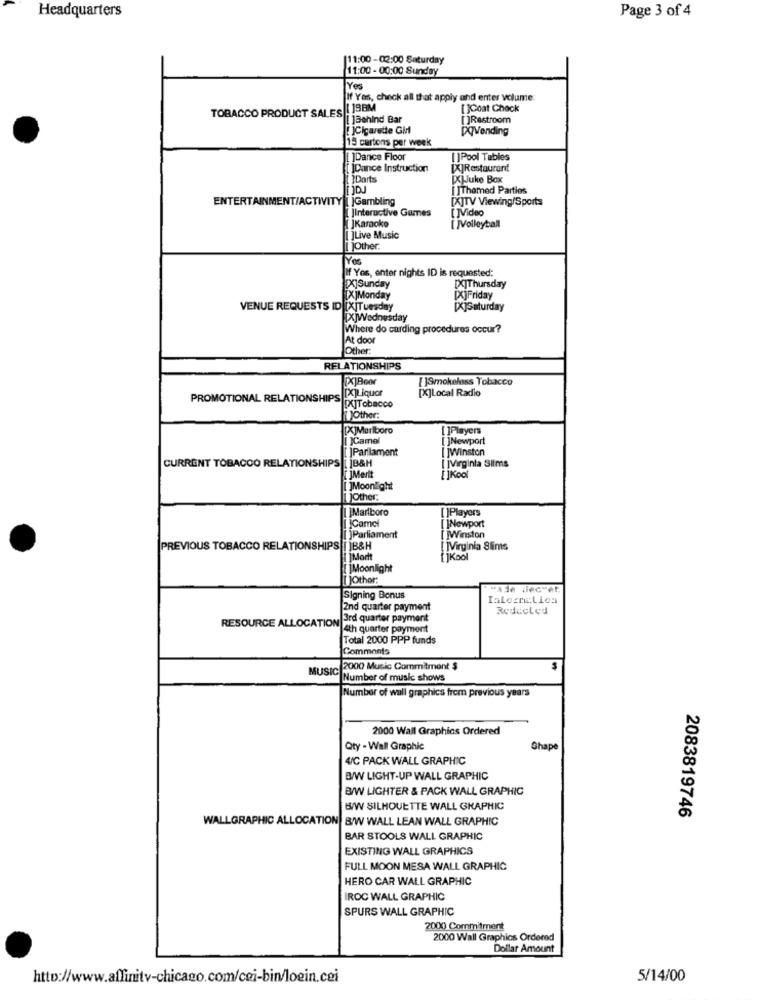
Headquarters
Page 3 of 4
11:00-02:00 Saturday
11:00 - 00:00 Sunday
Yes
If Yes, check all that apply and enter volume:
TOBACCO PRODUCT SALES . 1BBM
[]Coat Check
[]Behind Bar
[]Restroom
[ ]Cigarette Gil
15 cartons per week
[ ]Dance Floor
[]Pool Tables
[ ]Dance Instruction
[X]Restaurant
Darts
[X]Juke Box
[ ]Themed Parties
ENTERTAINMENT/ACTIVITY | |Gambling
[X]TV Viewing/Sports
JInteractive Games
[ ]Video
[ ]Karaoke
[ ]Volleyball
[]Live Music
]Other.
if Yes, enter nights ID is requested:
[X]Sunday
[X]Thursday
[X]Monday
[X]Friday
VENUE REQUESTS ID [X]Tuesday
[X]Saturday
[X]Wednes
Where do carding procedures occur?
At door
Other:
RELATIONSHIPS
[]Smokeless Tobacco
[X]Liquor
[X]Local Radio
PROMOTIONAL RELATIONSHIPS
[X]Tobacco
[X]Marlboro
[ ]Players
[ ]Camel
[ ]Newport
|Parlament
[ ]Winston
jB&H
[ ]Virginia Slims
CURRENT TOBACCO RELATIONSHIPS
İMerit
[]Moonlight
Other
Marlboro
[ ]Players
Camel
[ ]Newport
Parliament
[ ]Winston
PREVIOUS TOBACCO RELATIONSHIPS|| |B&H
[ ]Virginia Slims
Mortt
[]Kool
Moonlight
[]Other:
Signing Bonus
IalegreLica
2nd quarter payment
Redacted
RESOURCE ALLOCATION
3rd quarter payment
4th quarter payment
Total 2000 PPP funds
Comments
MUSIC
2000 Music Commitment $
Number of music shows
Number of wall graphics from previous years
2000 Wall Graphics Ordered
Qty - Wall Graphic
Chape
4/C PACK WALL GRAPHIC
B/W LIGHT-UP WALL GRAPHIC
B/W LIGHTER & PACK WALL GRAPHIC
B/W SILHOUETTE WALL GRAPHIC
2083819746
WALLGRAPHIC ALLOCATION B/W WALL LEAN WALL GRAPHIC
BAR STOOLS WALL GRAPHIC
EXISTING WALL GRAPHICS
FULL MOON MESA WALL GRAPHIC
HERO CAR WALL GRAPHIC
IROC WALL GRAPHIC
SPURS WALL GRAPHIC
2000 Commitment
2000 Wall Graphics Ordered
Dollar Amount
http://www.affinitv-chicago.com/cei-bin/loein.cei
5/14/00